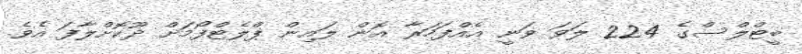
ބީޓްލްސްގެ 224 ލަވަ ވަނީ އެއްފަހަރާ އޮން ލައިން ޕްލެޓްފޯމަށް ދޫކޮށްލާފަ އެވެ.